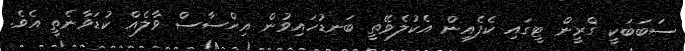
ސަބަބަކީ ގްރީން ޓީގައި ކެފެއިން އެކުލެވޭތީ ބަނޑުހައިވުން އިހްސާސް ވާލެއް ކުޑަވާނެތީ އެވެ.